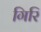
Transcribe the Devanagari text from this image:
गिरि